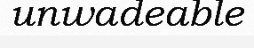
unwadeable